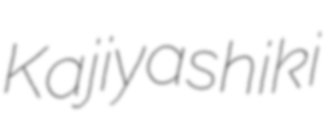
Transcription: Kajiyashiki